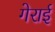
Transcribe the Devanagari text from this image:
गेराई